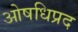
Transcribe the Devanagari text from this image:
ओषधिप्रद